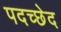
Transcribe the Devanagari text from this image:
पदच्‍छेद